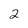
Character: 2